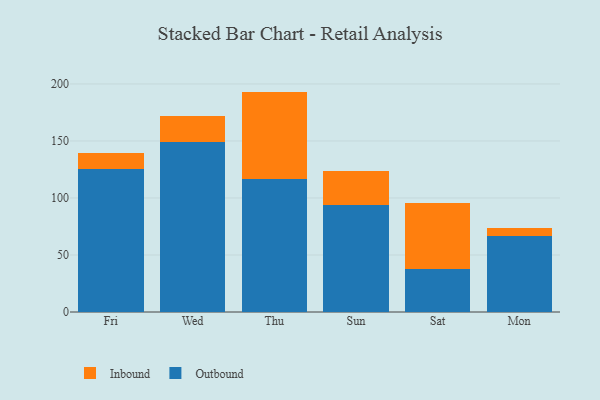
{"axis": {"x": "Day", "y": "Humidity (%)"}, "legend": ["Inbound", "Outbound"], "data": [{"x": "Fri", "y": 125.5, "type": "Outbound"}, {"x": "Fri", "y": 14.2, "type": "Inbound"}, {"x": "Wed", "y": 149.0, "type": "Outbound"}, {"x": "Wed", "y": 22.7, "type": "Inbound"}, {"x": "Thu", "y": 116.4, "type": "Outbound"}, {"x": "Thu", "y": 76.9, "type": "Inbound"}, {"x": "Sun", "y": 94.2, "type": "Outbound"}, {"x": "Sun", "y": 29.3, "type": "Inbound"}, {"x": "Sat", "y": 38.0, "type": "Outbound"}, {"x": "Sat", "y": 57.5, "type": "Inbound"}, {"x": "Mon", "y": 66.4, "type": "Outbound"}, {"x": "Mon", "y": 7.7, "type": "Inbound"}]}